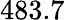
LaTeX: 483.7